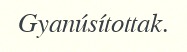
Gyanúsítottak.